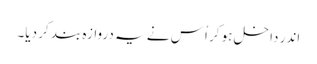
اندر داخل ہو کر اُس نے یہ دروازہ بند کر دیا۔